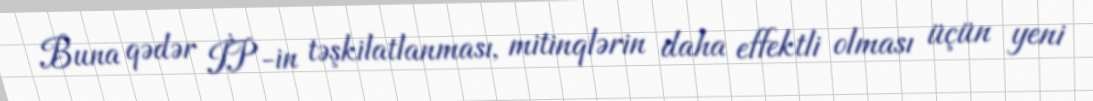
Buna qədər İP-in təşkilatlanması, mitinqlərin daha effektli olması üçün yeni